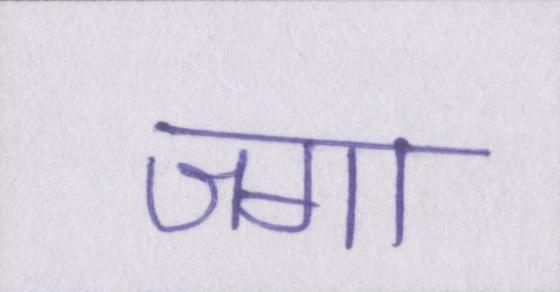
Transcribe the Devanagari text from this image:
जगा